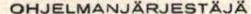
OHJELMANJÄRJESTÄJÄ